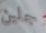
جلين